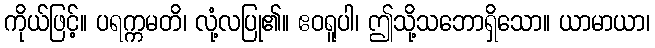
ကိုယ်ဖြင့်။ ပရက္ကမတိ၊ လုံ့လပြု၏။ ဧဝရူပါ၊ ဤသို့သဘောရှိသော။ ယာမာယာ၊